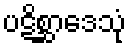
ပဋိစ္ဆာဒေသုံ